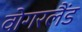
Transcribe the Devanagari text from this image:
वोगरलैंड